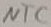
Text: NTC